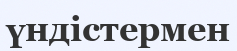
үндістермен